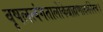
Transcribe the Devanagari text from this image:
वृषलत्वंगतालोकेब्राह्मणादर्शनेनच।